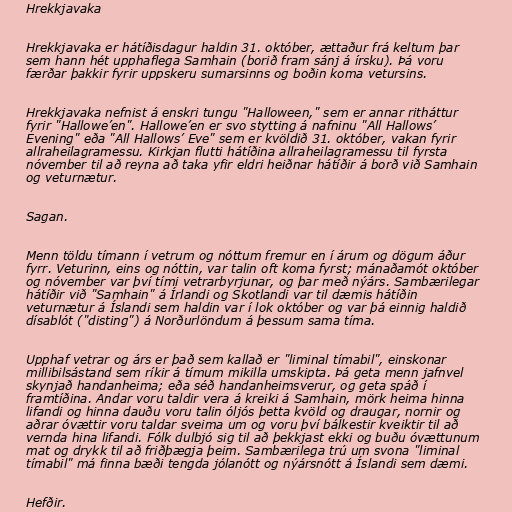
Hrekkjavaka

Hrekkjavaka er hátíðisdagur haldin 31. október, ættaður frá keltum þar
sem hann hét upphaflega Samhain (borið fram sánj á írsku). Þá voru
færðar þakkir fyrir uppskeru sumarsinns og boðin koma vetursins.

Hrekkjavaka nefnist á enskri tungu "Halloween," sem er annar ritháttur
fyrir "Hallowe’en". Hallowe’en er svo stytting á nafninu "All Hallows’
Evening" eða "All Hallows’ Eve" sem er kvöldið 31. október, vakan fyrir
allraheilagramessu. Kirkjan flutti hátíðina allraheilagramessu til fyrsta
nóvember til að reyna að taka yfir eldri heiðnar hátíðir á borð við Samhain
og veturnætur.

Sagan.

Menn töldu tímann í vetrum og nóttum fremur en í árum og dögum áður
fyrr. Veturinn, eins og nóttin, var talin oft koma fyrst; mánaðamót október
og nóvember var því tími vetrarbyrjunar, og þar með nýárs. Sambærilegar
hátíðir við "Samhain" á Írlandi og Skotlandi var til dæmis hátíðin
veturnætur á Íslandi sem haldin var í lok október og var þá einnig haldið
dísablót ("disting") á Norðurlöndum á þessum sama tíma.

Upphaf vetrar og árs er það sem kallað er "liminal tímabil", einskonar
millibilsástand sem ríkir á tímum mikilla umskipta. Þá geta menn jafnvel
skynjað handanheima; eða séð handanheimsverur, og geta spáð í
framtíðina. Andar voru taldir vera á kreiki á Samhain, mörk heima hinna
lifandi og hinna dauðu voru talin óljós þetta kvöld og draugar, nornir og
aðrar óvættir voru taldar sveima um og voru því bálkestir kveiktir til að
vernda hina lifandi. Fólk dulbjó sig til að þekkjast ekki og buðu óvættunum
mat og drykk til að friðþægja þeim. Sambærilega trú um svona "liminal
tímabil" má finna bæði tengda jólanótt og nýársnótt á Íslandi sem dæmi.

Hefðir.